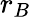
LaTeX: r_{B}